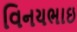
વિનયભાઇ